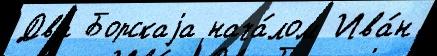
Два Борскаjа нача́лом Ива́н